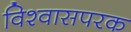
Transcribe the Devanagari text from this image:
विश्वासपरक